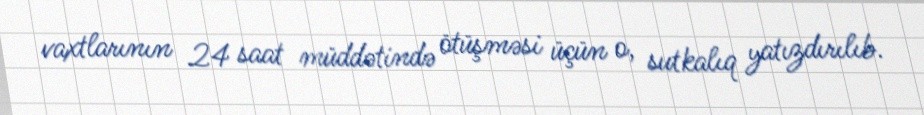
vaxtlarının 24 saat müddətində ötüşməsi üçün o, sutkalıq yatızdırılıb.